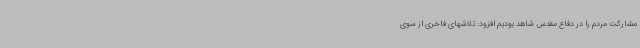
مشارکت مردم را در دفاع مقدس شاهد بودیم افزود: تلاشهای فاخری از سوی